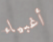
أغبياء